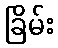
ခြိမ်း